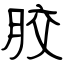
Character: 胶